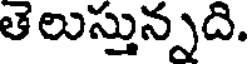
తెలుస్తున్నది.